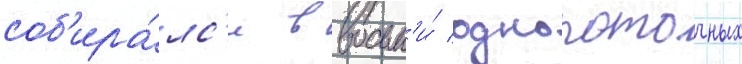
соб'ира́лс'я в восьм'и́ однопоточных